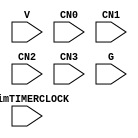
//Verilog HDL for "VIS015libraryRAW", "ARD00timerclockRAW2" "functional"


module ARD00timerclockRAW2 ( V, CN0, CN1, CN2, CN3, trimTIMERCLOCK, G );

  input CN0;
  input V;
  input CN1;
  input  [3:0] trimTIMERCLOCK;
  input CN2;
  input G;
  input CN3;
endmodule